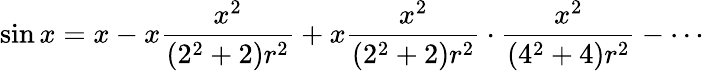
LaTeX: \sin x=x-x{\frac{x^{2}}{(2^{2}+2)r^{2}}}+x{\frac{x^{2}}{(2^{2}+2)r^{2}}}\cdot{\frac{x^{2}}{(4^{2}+4)r^{2}}}-\cdots